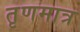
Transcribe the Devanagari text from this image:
तृणमात्र